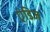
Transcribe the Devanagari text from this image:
एंडिज